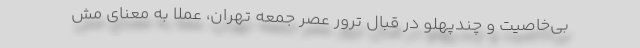
بی‌خاصیت و چندپهلو در قبال ترور عصر جمعه تهران، عملاً به معنای مش